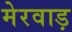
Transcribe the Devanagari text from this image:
मेरवाड़